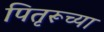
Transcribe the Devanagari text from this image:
पितृरूच्या